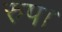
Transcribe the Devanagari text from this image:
रुप।